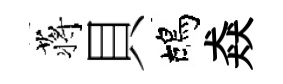
蒋貝鴣猋